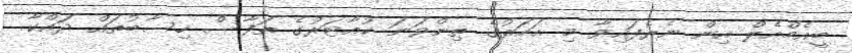
ބީއެމްއެލް އިން ނެރެފައިވާ މި އަހަރުގެ ތިންވަނަ ކުއާޓަރުގެ ތަފާސް ހިސާބުތައް ދައްކާ